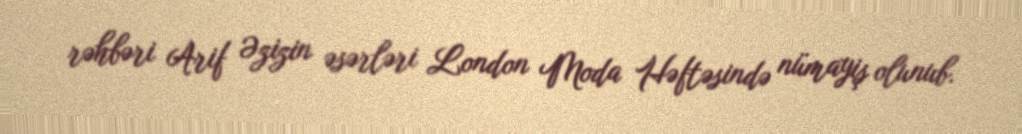
rəhbəri Arif Əzizin əsərləri London Moda Həftəsində nümayiş olunub.